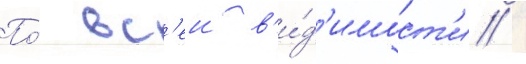
По́ вс'еи в'и́д'имост'и /